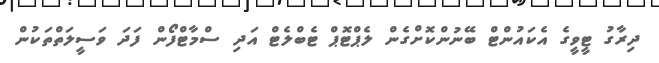
ދިރާގު ޓީވީގެ އެކައުންޓް ބޭނުންކޮށްގެން ލެޕްޓޮޕް ޓެބްލެޓް އަދި ސްމާޓްފޯން ފަދަ ވަސީލަތްތަކުން